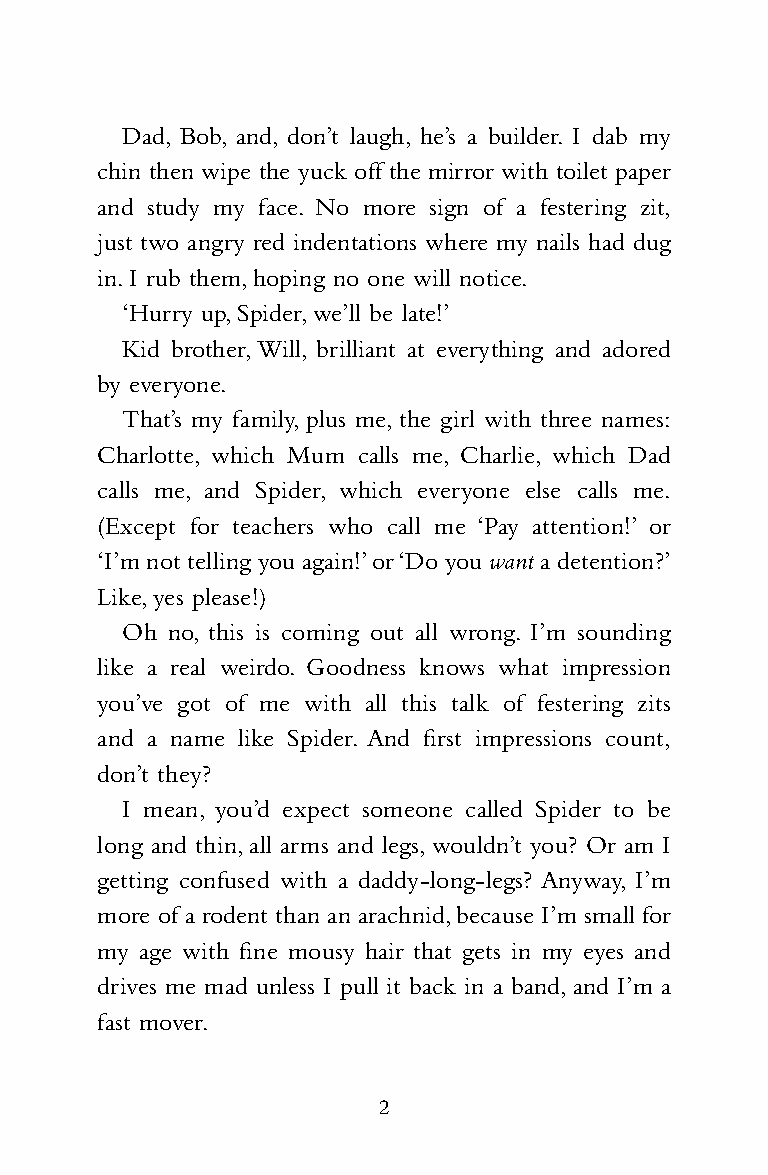
HS1698_PridePenals_Reiss09 05/11/2009 13:31 Page 2
 Dad, Bob, and, don’t laugh, he’s a builder. I dab my
 chin then wipe the yuck off the mirror with toilet paper
 and study my face. No more sign of a festering zit,
 just two angry red indentations where my nails had dug
 in.I rub them,hoping no one will notice.
 ‘Hurry up,Spider,we’ll be late!’
 Kid brother,Will, brilliant at everything and adored
 by everyone.
 That’s my family, plus me, the girl with three names:
 Charlotte, which Mum calls me, Charlie, which Dad
 calls me, and Spider, which everyone else calls me.
 (Except for teachers who call me ‘Pay attention!’ or
 ‘I’m not telling you again!’or ‘Do you want a detention?’
 Like,yes please!)
 Oh no, this is coming out all wrong. I’m sounding
 like a real weirdo. Goodness knows what impression
 you’ve got of me with all this talk of festering zits
 and a name like Spider. And first impressions count,
 don’t they?
 I mean, you’d expect someone called Spider to be
 long and thin,all arms and legs,wouldn’t you? Or am I
 getting confused with a daddy-long-legs? Anyway, I’m
 more of a rodent than an arachnid,because I’m small for
 my age with fine mousy hair that gets in my eyes and
 drives me mad unless I pull it back in a band,and I’m a
 fast mover.
 2